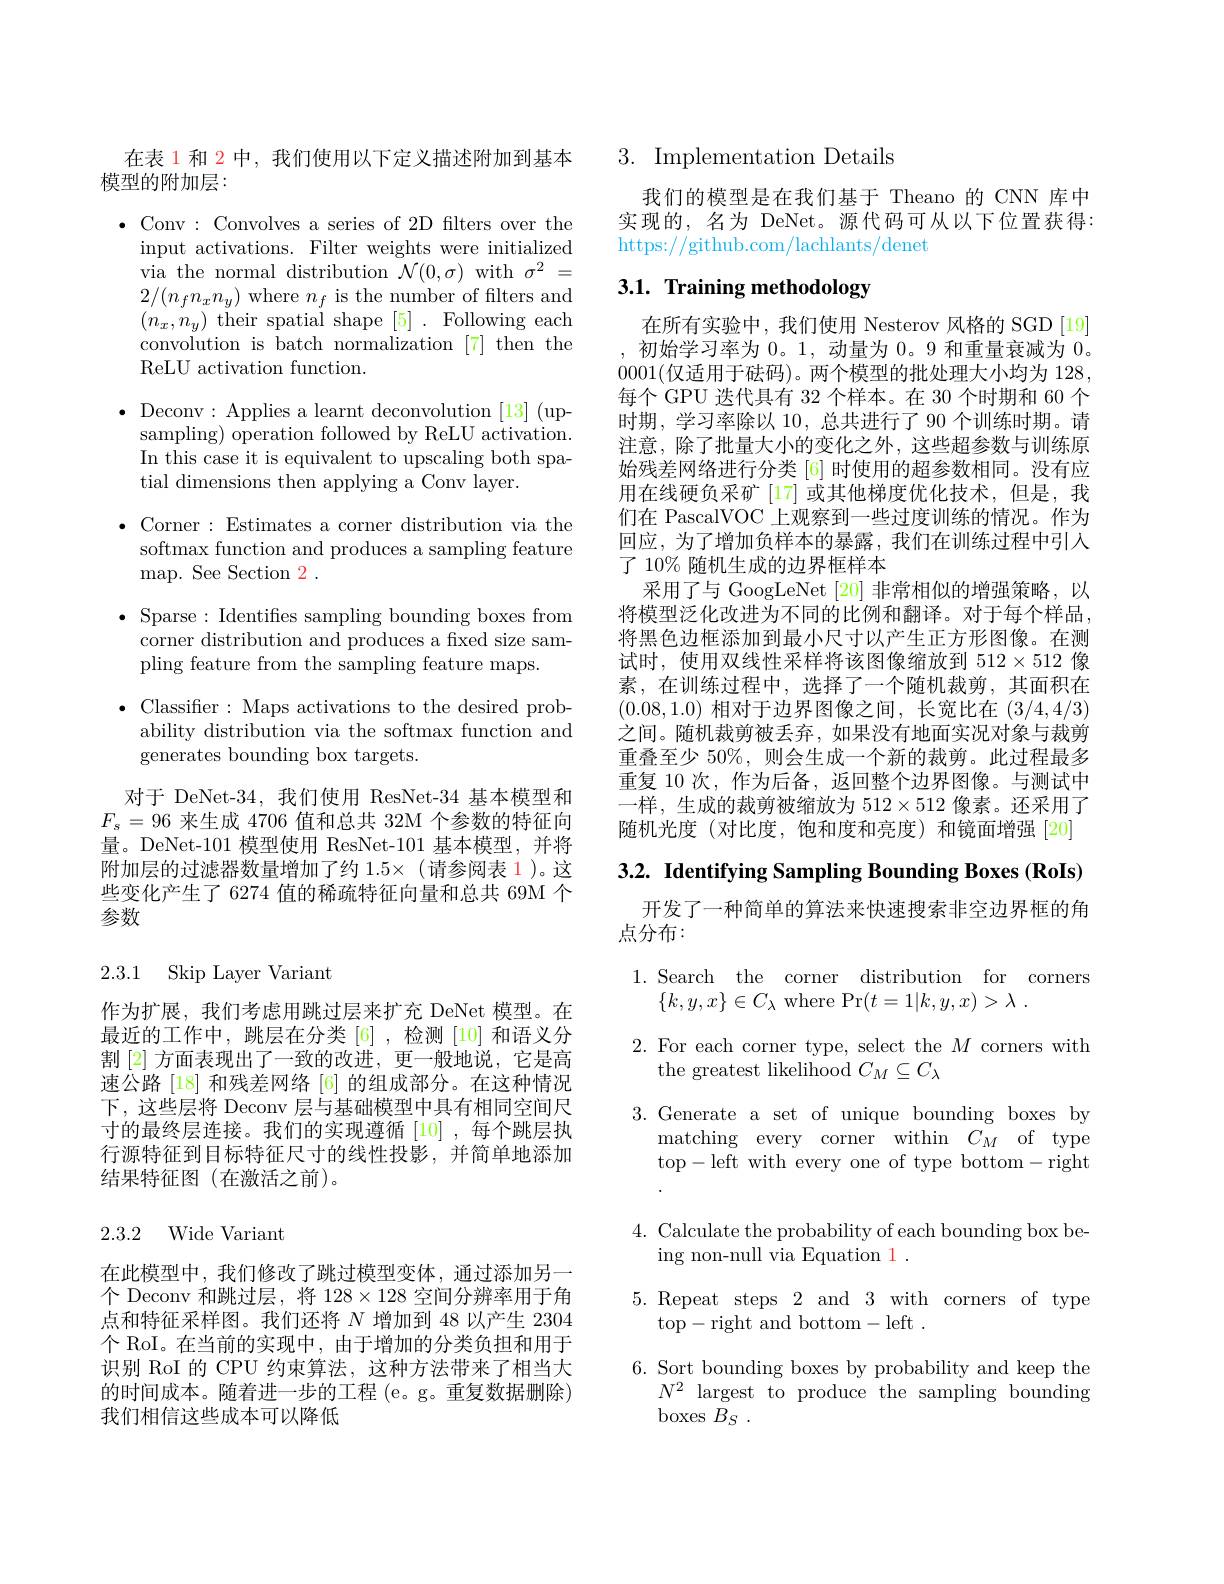
在表 1 和 2 中，我们使用以下定义描述附加到基本
模型的附加层：

$\bullet$ Conv: Convolves a series of 2D filters over the
input activations. Filter weights were initialized via the normal distribution $\mathcal{N}(0,\sigma)$ with $\sigma^2=$ $2/(n_{f}n_{x}n_{y})$ where $n_f$ is the number of filters and $(n_{x},n_{y})$ their spatial shape [5]. Following each convolution is batch normalization [7] then the ReLU activation function.
$\bullet$ Deconv:Applies a learnt deconvolution [13](up-
sampling) operation followed by ReLU activation. In this case it is equivalent to upscaling both spatial dimensions then applying a Conv layer.
$\bullet$ Corner: Estimates a corner distribution via the
softmax function and produces a sampling feature
map. See Section 2 .
$\bullet$ Sparse: Identifies sampling bounding boxes from
corner distribution and produces a fixed size sam-
pling feature from the sampling feature maps.
$\bullet$ Classifier: Maps activations to the desired prob-
ability distribution via the softmax function and
generates bounding box targets.
对于 DeNet-34,我们使用 ResNet-34 基本模型和$F_{s}=96$来生成 4706 值和总共 32M 个参数的特征向

量。DeNet-101 模型使用 ResNet-101 基本模型，并将附加层的过滤器数量增加了约 1.5×(请参阅表 1)。这些变化产生了 6274 值的稀疏特征向量和总共 69M 个参数

2.3.1 Skip Layer Variant

作为扩展，我们考虑用跳过层来扩充 DeNet 模型。在最近的工作中，跳层在分类[6] ,检测 [10] 和语义分割[2] 方面表现出了一致的改进，更一般地说，它是高速公路 [18] 和残差网络 [6] 的组成部分。在这种情况下，这些层将 Deconv 层与基础模型中具有相同空间尺寸的最终层连接。我们的实现遵循[10],每个跳层执行源特征到目标特征尺寸的线性投影，并简单地添加结果特征图(在激活之前)。

2.3.2 Wide Variant

在此模型中，我们修改了跳过模型变体，通过添加另一个 Deconv 和跳过层，将 128$\times128$空间分辨率用于角点和特征采样图。我们还将$N$增加到 48 以产生 2304个 RoI。在当前的实现中，由于增加的分类负担和用于识别 RoI 的 CPU 约束算法，这种方法带来了相当大的时间成本。随着进一步的工程 (e。g。重复数据删除) 我们相信这些成本可以降低

## 3. Implementation Details

我们的模型是在我们基于 Theano 的 CNN 库中实现的，名为 DeNet。源代码可从以下位置获得： https://github.com/lachlants/denet

## 3.1. Training methodology

在所有实验中，我们使用 Nesterov 风格的 SGD [19] ,初始学习率为0。1, 动量为0。9 和重量衰减为0。0001(仅适用于砝码)。两个模型的批处理大小均为 128, 每个 GPU 迭代具有 32 个样本。在 30 个时期和 60 个时期，学习率除以 10, 总共进行了 90 个训练时期。请注意，除了批量大小的变化之外，这些超参数与训练原始残差网络进行分类 [6] 时使用的超参数相同。没有应用在线硬负采矿[17]或其他梯度优化技术，但是，我们在 PascalVOC 上观察到一些过度训练的情况。作为回应，为了增加负样本的暴露，我们在训练过程中引入了 10% 随机生成的边界框样本
采用了与 GoogLeNet [20] 非常相似的增强策略，以将模型泛化改进为不同的比例和翻译。对于每个样品， 将黑色边框添加到最小尺寸以产生正方形图像。在测试时，使用双线性采样将该图像缩放到 512$\times512$像素，在训练过程中，选择了一个随机裁剪，其面积在(0.08,1.0)相对于边界图像之间，长宽比在(3/4,4/3) 之间。随机裁剪被丢弃，如果没有地面实况对象与裁剪重叠至少 50%, 则会生成一个新的裁剪。此过程最多重复 10 次，作为后备，返回整个边界图像。与测试中一样，生成的裁剪被缩放为$512\times512$像素。还采用了随机光度(对比度，饱和度和亮度)和镜面增强[20]

$3. 2. \textbf{ Identifying Sampling Bounding Boxes ( RoIs) }$

开发了一种简单的算法来快速搜索非空边界框的角
点分布：

1.Search the corner distribution for corners
$\{k,y,x\}\in C_\lambda$ where Pr$( t= 1| k, y, x) > \lambda$ .
2. For each corner type, select the $M$ corners with
the greatest likelihood $C_M\subseteq C_\lambda$
3. Generate a set of unique bounding boxes by
matching every corner within $C_M$ of type top-left with every one of type bottom-right
4. Calculate the probability of each bounding box be-
ing non-null via Equation 1 .
5. Repeat steps 2 and 3 with corners of type
top-right and bottom-left.
6. Sort bounding boxes by probability and keep the
$N^2$ largest to produce the sampling bounding
boxes $B_S$ .